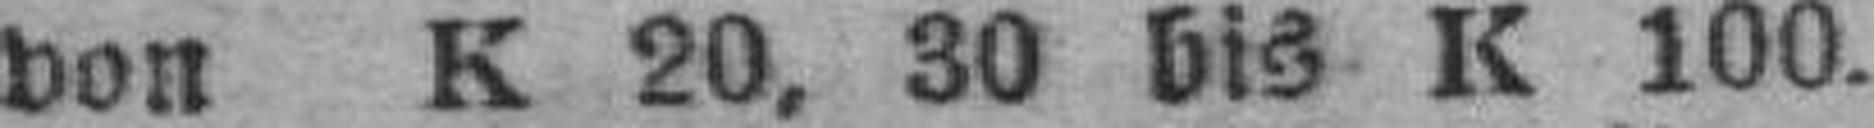
von K 20, 30 bis K 100.